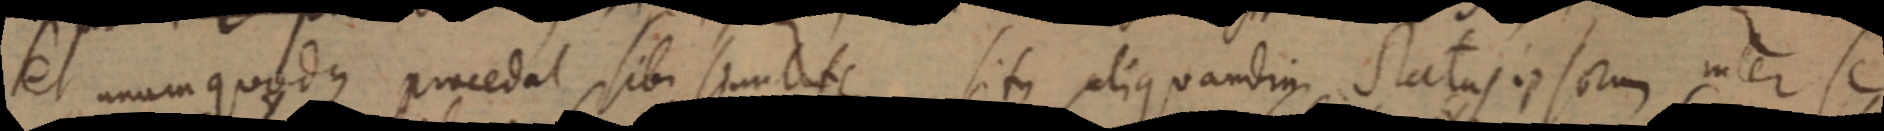
et unum quodus procedat, sibi similiter situs aliquamdin status ipsorum inter se